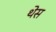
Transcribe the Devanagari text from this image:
थेस